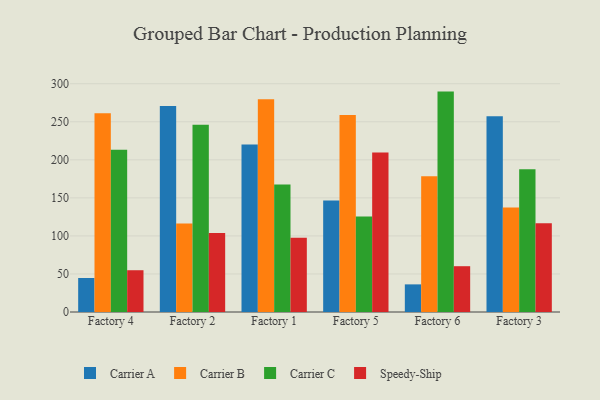
{"axis": {"x": "Factory", "y": "Energy Usage (MWh)"}, "legend": ["Carrier A", "Carrier B", "Carrier C", "Speedy-Ship"], "data": [{"x": "Factory 4", "y": 44.7, "type": "Carrier A"}, {"x": "Factory 4", "y": 261.2, "type": "Carrier B"}, {"x": "Factory 4", "y": 213.4, "type": "Carrier C"}, {"x": "Factory 4", "y": 54.9, "type": "Speedy-Ship"}, {"x": "Factory 2", "y": 270.8, "type": "Carrier A"}, {"x": "Factory 2", "y": 116.2, "type": "Carrier B"}, {"x": "Factory 2", "y": 246.2, "type": "Carrier C"}, {"x": "Factory 2", "y": 103.7, "type": "Speedy-Ship"}, {"x": "Factory 1", "y": 220.3, "type": "Carrier A"}, {"x": "Factory 1", "y": 279.6, "type": "Carrier B"}, {"x": "Factory 1", "y": 167.5, "type": "Carrier C"}, {"x": "Factory 1", "y": 97.5, "type": "Speedy-Ship"}, {"x": "Factory 5", "y": 146.5, "type": "Carrier A"}, {"x": "Factory 5", "y": 258.8, "type": "Carrier B"}, {"x": "Factory 5", "y": 125.6, "type": "Carrier C"}, {"x": "Factory 5", "y": 209.8, "type": "Speedy-Ship"}, {"x": "Factory 6", "y": 36.3, "type": "Carrier A"}, {"x": "Factory 6", "y": 178.5, "type": "Carrier B"}, {"x": "Factory 6", "y": 289.7, "type": "Carrier C"}, {"x": "Factory 6", "y": 60.2, "type": "Speedy-Ship"}, {"x": "Factory 3", "y": 257.2, "type": "Carrier A"}, {"x": "Factory 3", "y": 137.4, "type": "Carrier B"}, {"x": "Factory 3", "y": 187.6, "type": "Carrier C"}, {"x": "Factory 3", "y": 116.5, "type": "Speedy-Ship"}]}